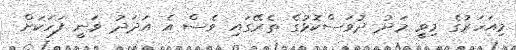
މިއަހަރުގެ މިވީ މަދު ދުވަސްކޮޅުގެ ތެރޭގައި ވެސް އެ އަދަދު ވަނީ ފަހަކަށް